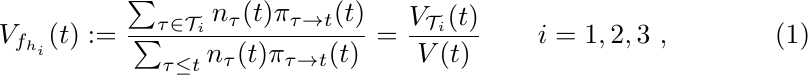
	\begin{equation}\label{eq:vf-holders}
		V_{f_{h_i}}(t) :=\dfrac{\sum_{\tau\in{\mathcal{T}_i}}n_{\tau}(t)\pi_{\tau\rightarrow t}(t)}{\sum_{\tau\leq t}n_{\tau}(t)\pi_{\tau\rightarrow t}(t)} = \dfrac{V_{\mathcal{T}_i}(t)}{V(t)}\quad\quad i=1,2,3~,
	\end{equation}